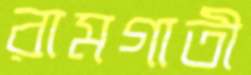
রামগাতী